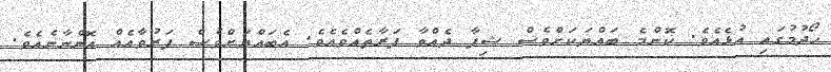
ހޯދުމުގައި އުޅެއެވެ. ކޮންމެ ބައްޔަކަށްވެސް ޝިފާ ދެއްވާ ފަރާތެއްވެއެވެ. އެބައްޔަށްވެސް ފަރުވާއެއް އޮންނާނެއެވެ.